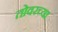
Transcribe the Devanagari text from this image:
तोवरच्या